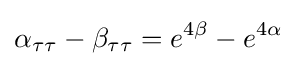
\alpha _{\tau \tau }-\beta _{\tau \tau }=e^{4\beta }-e^{4\alpha }